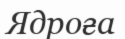
Ядроға